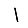
Digit: 1